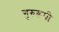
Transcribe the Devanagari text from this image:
गुरुरूपी